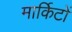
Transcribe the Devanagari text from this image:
मार्किटों